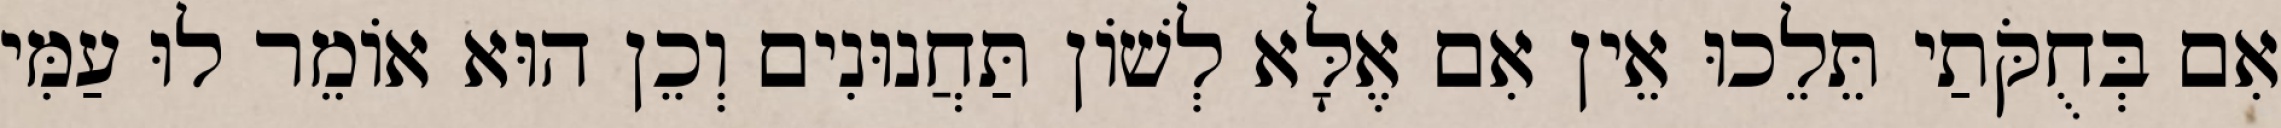
אִם בְּחֻקֹּתַי תֵּלֵכוּ אֵין אִם אֶלָּא לְשׁוֹן תַּחֲנוּנִים וְכֵן הוּא אוֹמֵר לוּ עַמִּי